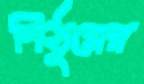
নিঠুরের